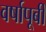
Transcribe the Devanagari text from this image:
वर्षापूर्बी